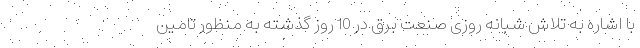
با اشاره به تلاش شبانه روزی صنعت برق در 10 روز گذشته به منظور تامین